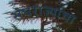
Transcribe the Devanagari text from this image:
संघराज्यांचा